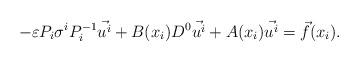
LaTeX: \begin{align*} -\varepsilon P_i\sigma^iP_i^{-1}\vec{u^i}+B(x_i)D^0\vec{u^i} + A(x_i)\vec{u^i}= \vec{f}(x_i).\end{align*}